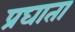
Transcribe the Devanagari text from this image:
प्रघाता